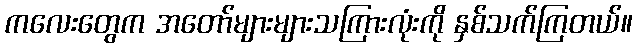
ကလေးတွေက အတော်များများသကြားလုံးကို နှစ်သက်ကြတယ်။